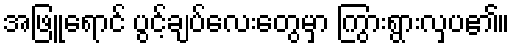
အဖြူရောင် ပွင့်ချပ်လေးတွေမှာ ကြွားရွားလှပ၏။